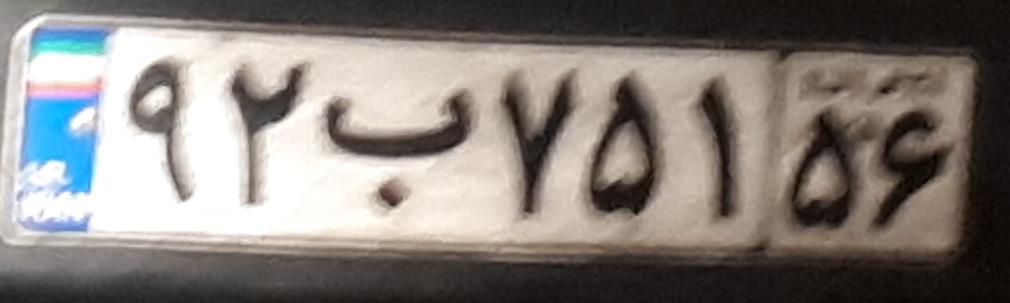
۹۲ب۷۵۱۵۶